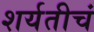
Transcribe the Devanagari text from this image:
शर्यतीचं